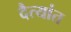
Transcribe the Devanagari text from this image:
दैत्यांत